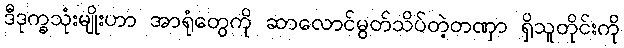
ဒီဒုက္ခသုံးမျိုးဟာ အာရုံတွေကို ဆာလောင်မွတ်သိပ်တဲ့တဏှာ ရှိသူတိုင်းကို